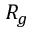
R _ { g }